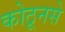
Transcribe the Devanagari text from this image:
कोठूनसे